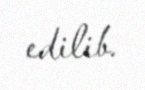
edilib.